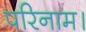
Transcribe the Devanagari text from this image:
परिनाम।